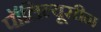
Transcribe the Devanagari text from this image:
पॉलिल्यूसीन